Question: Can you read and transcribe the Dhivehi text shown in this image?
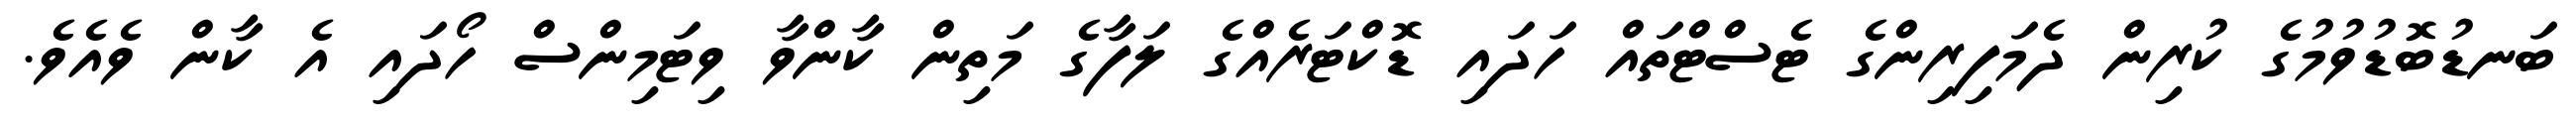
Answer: ބަނޑުބޮޑުވުމުގެ ކުރިން ދެމަފިރިންގެ ޓެސްޓްތައް ހަދައި ޑޮކްޓަރެއްގެ ލަފާގެ މަތިން ކާންވާ ވިޓަމިންސް ހޯދައި އެ ކާން ވެއެވެ.